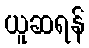
ယူဆရန်